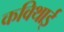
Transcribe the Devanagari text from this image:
कविथाई